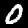
Label: 0